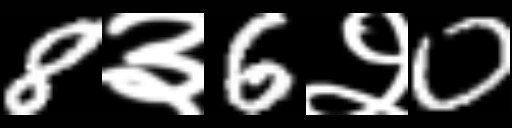
Text: 8३6२0